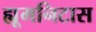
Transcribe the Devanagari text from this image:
ह्यूमनिटास